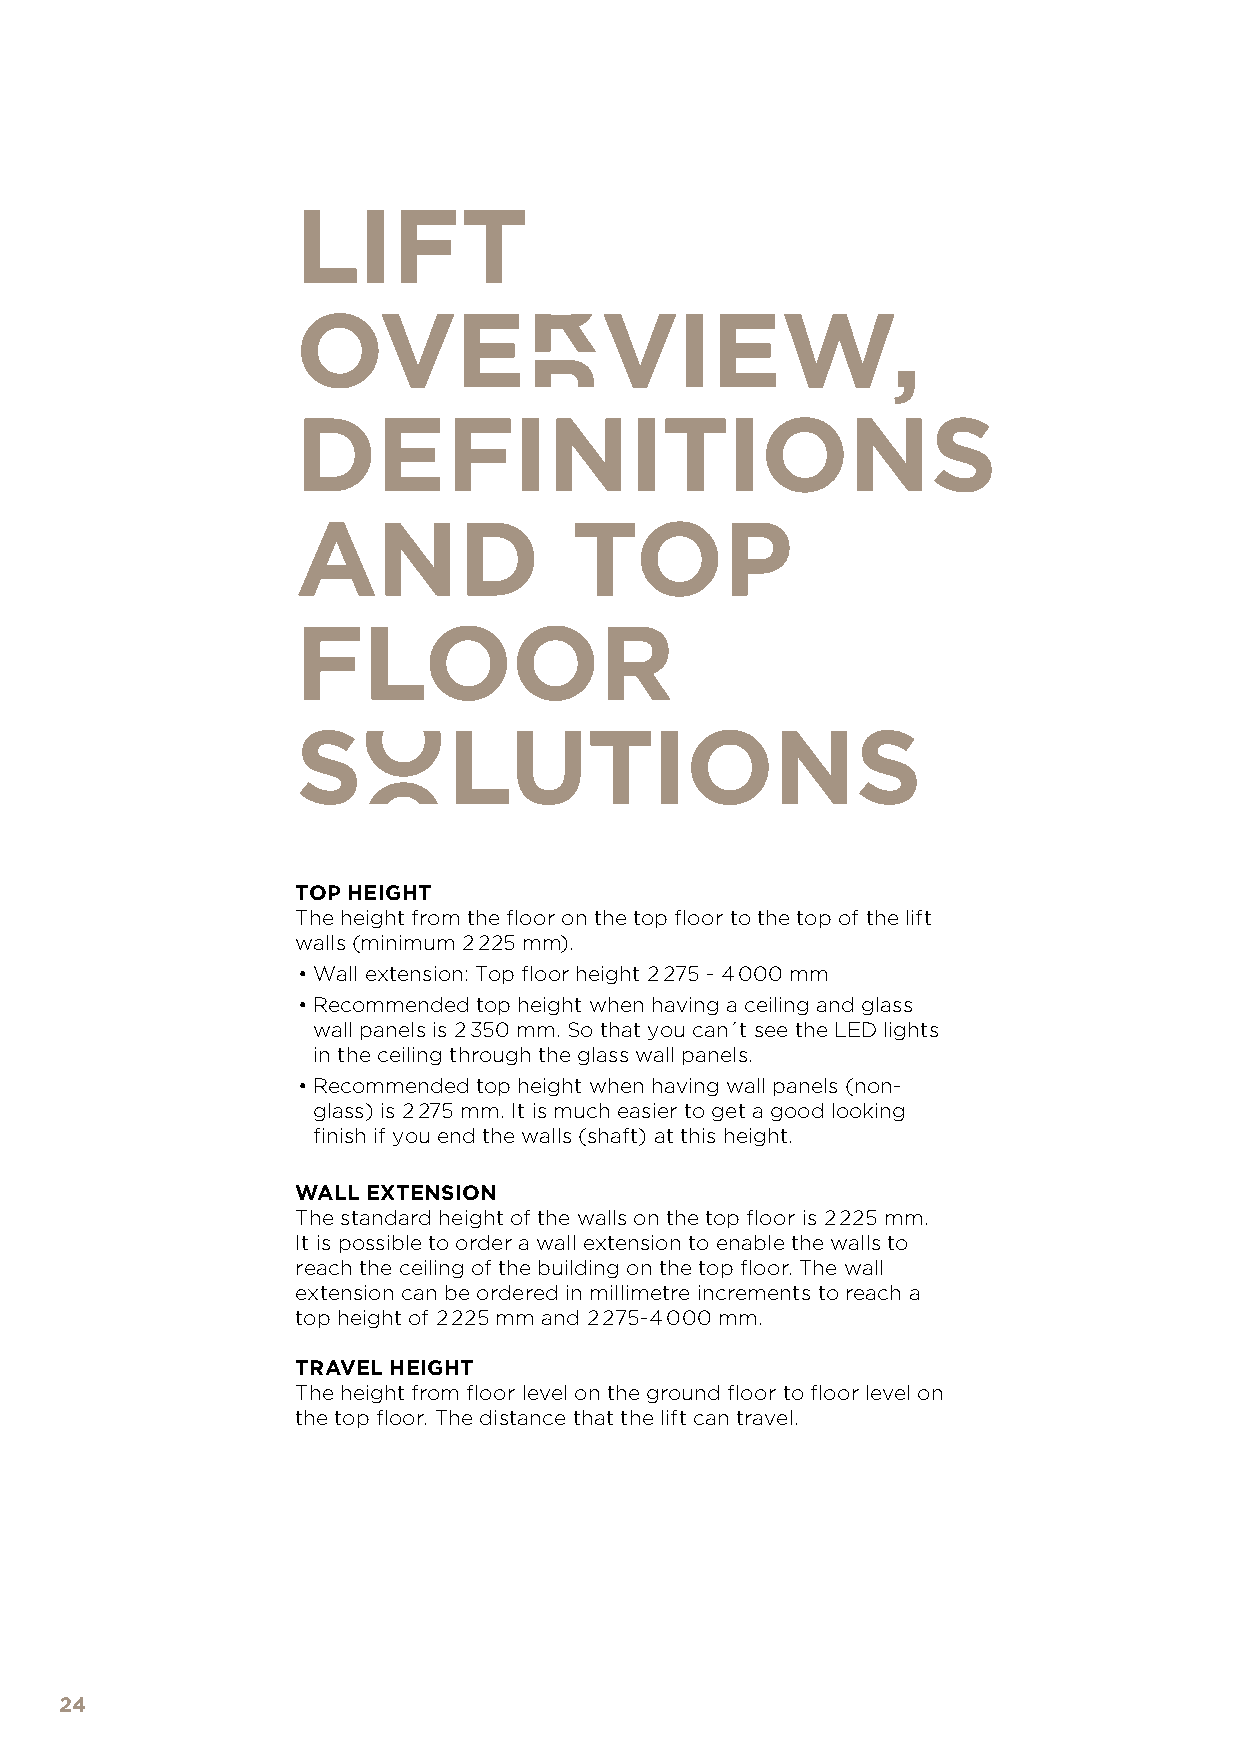
LIFT
 OVERVIEW,
 DEFINITIONS
 AND               TOP
 FLOOR
 SOLUTIONS
 TOP HEIGHT
 The height from the floor on the top floor to the top of the lift
 walls (minimum 2 225 mm).
 •Wall extension: Top floor height 2 275 - 4 000 mm
 •Recommended top height when having a ceiling and glass
 wall panels is 2 350 mm. So that you can´t see the LED lights
 in the ceiling through the glass wall panels.
 •Recommended top height when having wall panels (non-
 glass) is 2 275 mm. It is much easier to get a good looking
 finish if you end the walls (shaft) at this height.
 WALL EXTENSION
 The standard height of the walls on the top floor is 2 225 mm.
 It is possible to order a wall extension to enable the walls to
 reach the ceiling of the building on the top floor. The wall
 extension can be ordered in millimetre increments to reach a
 top height of 2 225 mm and 2 275-4 000 mm.
 TRAVEL HEIGHT
 The height from floor level on the ground floor to floor level on
 the top floor. The distance that the lift can travel.
 24